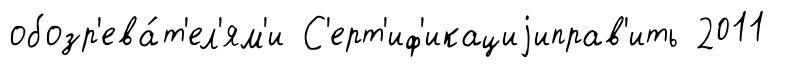
обозр'ева́т'ел'ям'и С'ерт'иф'икациjиправ'ить 2011